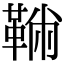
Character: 𩋇